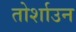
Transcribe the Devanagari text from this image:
तोर्शाउन